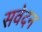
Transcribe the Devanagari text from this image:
सवेदन